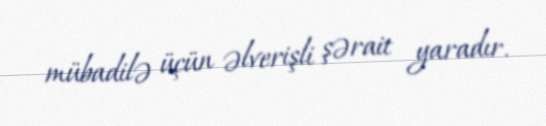
mübadilə üçün əlverişli şərait yaradır.